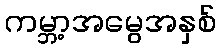
ကမ္ဘာ့အမွေအနှစ်